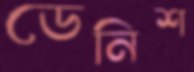
ডেনিশ